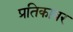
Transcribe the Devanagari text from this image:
प्रतिकावर